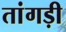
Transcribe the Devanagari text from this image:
तांगड़ी